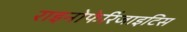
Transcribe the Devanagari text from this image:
राइनोफेरिंजाइटिस